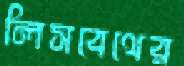
লিসবেথের